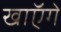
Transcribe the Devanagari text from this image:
खाॅएगें